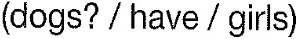
(dogs?/have/girls)